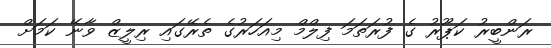
ރަންބީރު ކަޕޫރު ގެ ފުރަތަމަ ފިލްމް މިއަހަރުގެ ތެރޭގައި ރިލީޒް ވާނޭ ކަމަށް